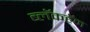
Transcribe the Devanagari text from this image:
ब्लॅकहॅम